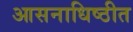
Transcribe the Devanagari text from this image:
आसनाधिष्ठीत